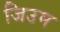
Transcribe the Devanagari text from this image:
जिउम